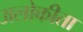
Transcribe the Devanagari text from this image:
अलोकीता